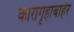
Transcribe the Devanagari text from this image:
कारागृहाबाहेर